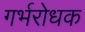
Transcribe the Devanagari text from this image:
गर्भरोधक